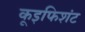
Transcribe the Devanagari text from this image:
कूइफिशंट